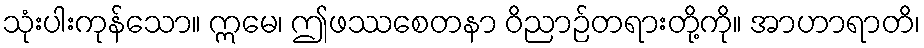
သုံးပါးကုန်သော။ ဣမေ၊ ဤဖဿစေတနာ ဝိညာဉ်တရားတို့ကို။ အာဟာရာတိ၊